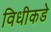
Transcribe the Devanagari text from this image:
विधीकडे